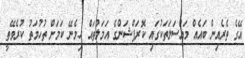
އޭގެ ތެރެއިން ބައެއް މައްސަލަތަކުގައި ކޮރަޕްޝަންގެ އަމަލުތައް ހިމެނޭ ކަމަށް ތުހުމަތު ކުރެވޭތީ